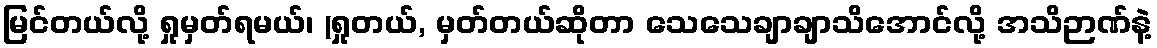
မြင်တယ်လို့ ရှုမှတ်ရမယ်၊ (ရှုတယ်, မှတ်တယ်ဆိုတာ သေသေချာချာသိအောင်လို့ အသိဉာဏ်နဲ့